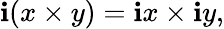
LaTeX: \mathbf{i}(x\times y)=\mathbf{i}x\times\mathbf{i}y,